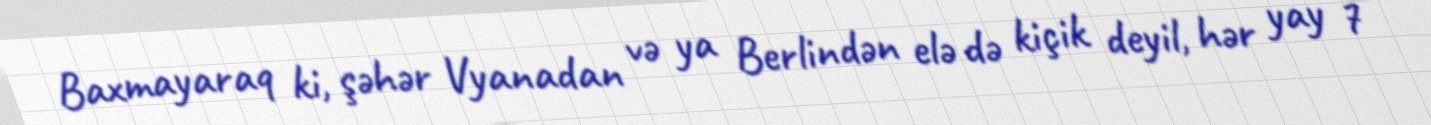
Baxmayaraq ki, şəhər Vyanadan və ya Berlindən elə də kiçik deyil, hər yay 7